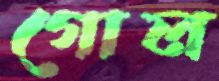
গোল